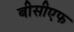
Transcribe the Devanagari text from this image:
बीसीएफ